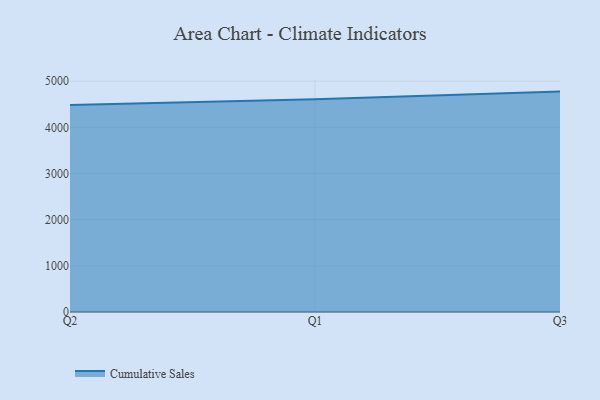
{"axis": {"x": "Quarter", "y": "Population (Million)"}, "legend": ["Cumulative Sales"], "data": [{"x": "Q2", "y": 4481.9, "type": "Cumulative Sales"}, {"x": "Q1", "y": 4607.8, "type": "Cumulative Sales"}, {"x": "Q3", "y": 4774.5, "type": "Cumulative Sales"}]}